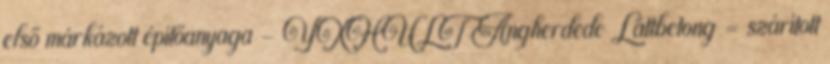
első márkázott építőanyaga – YXHULT Angherdede Lättbetong = szárított